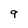
Character: 9